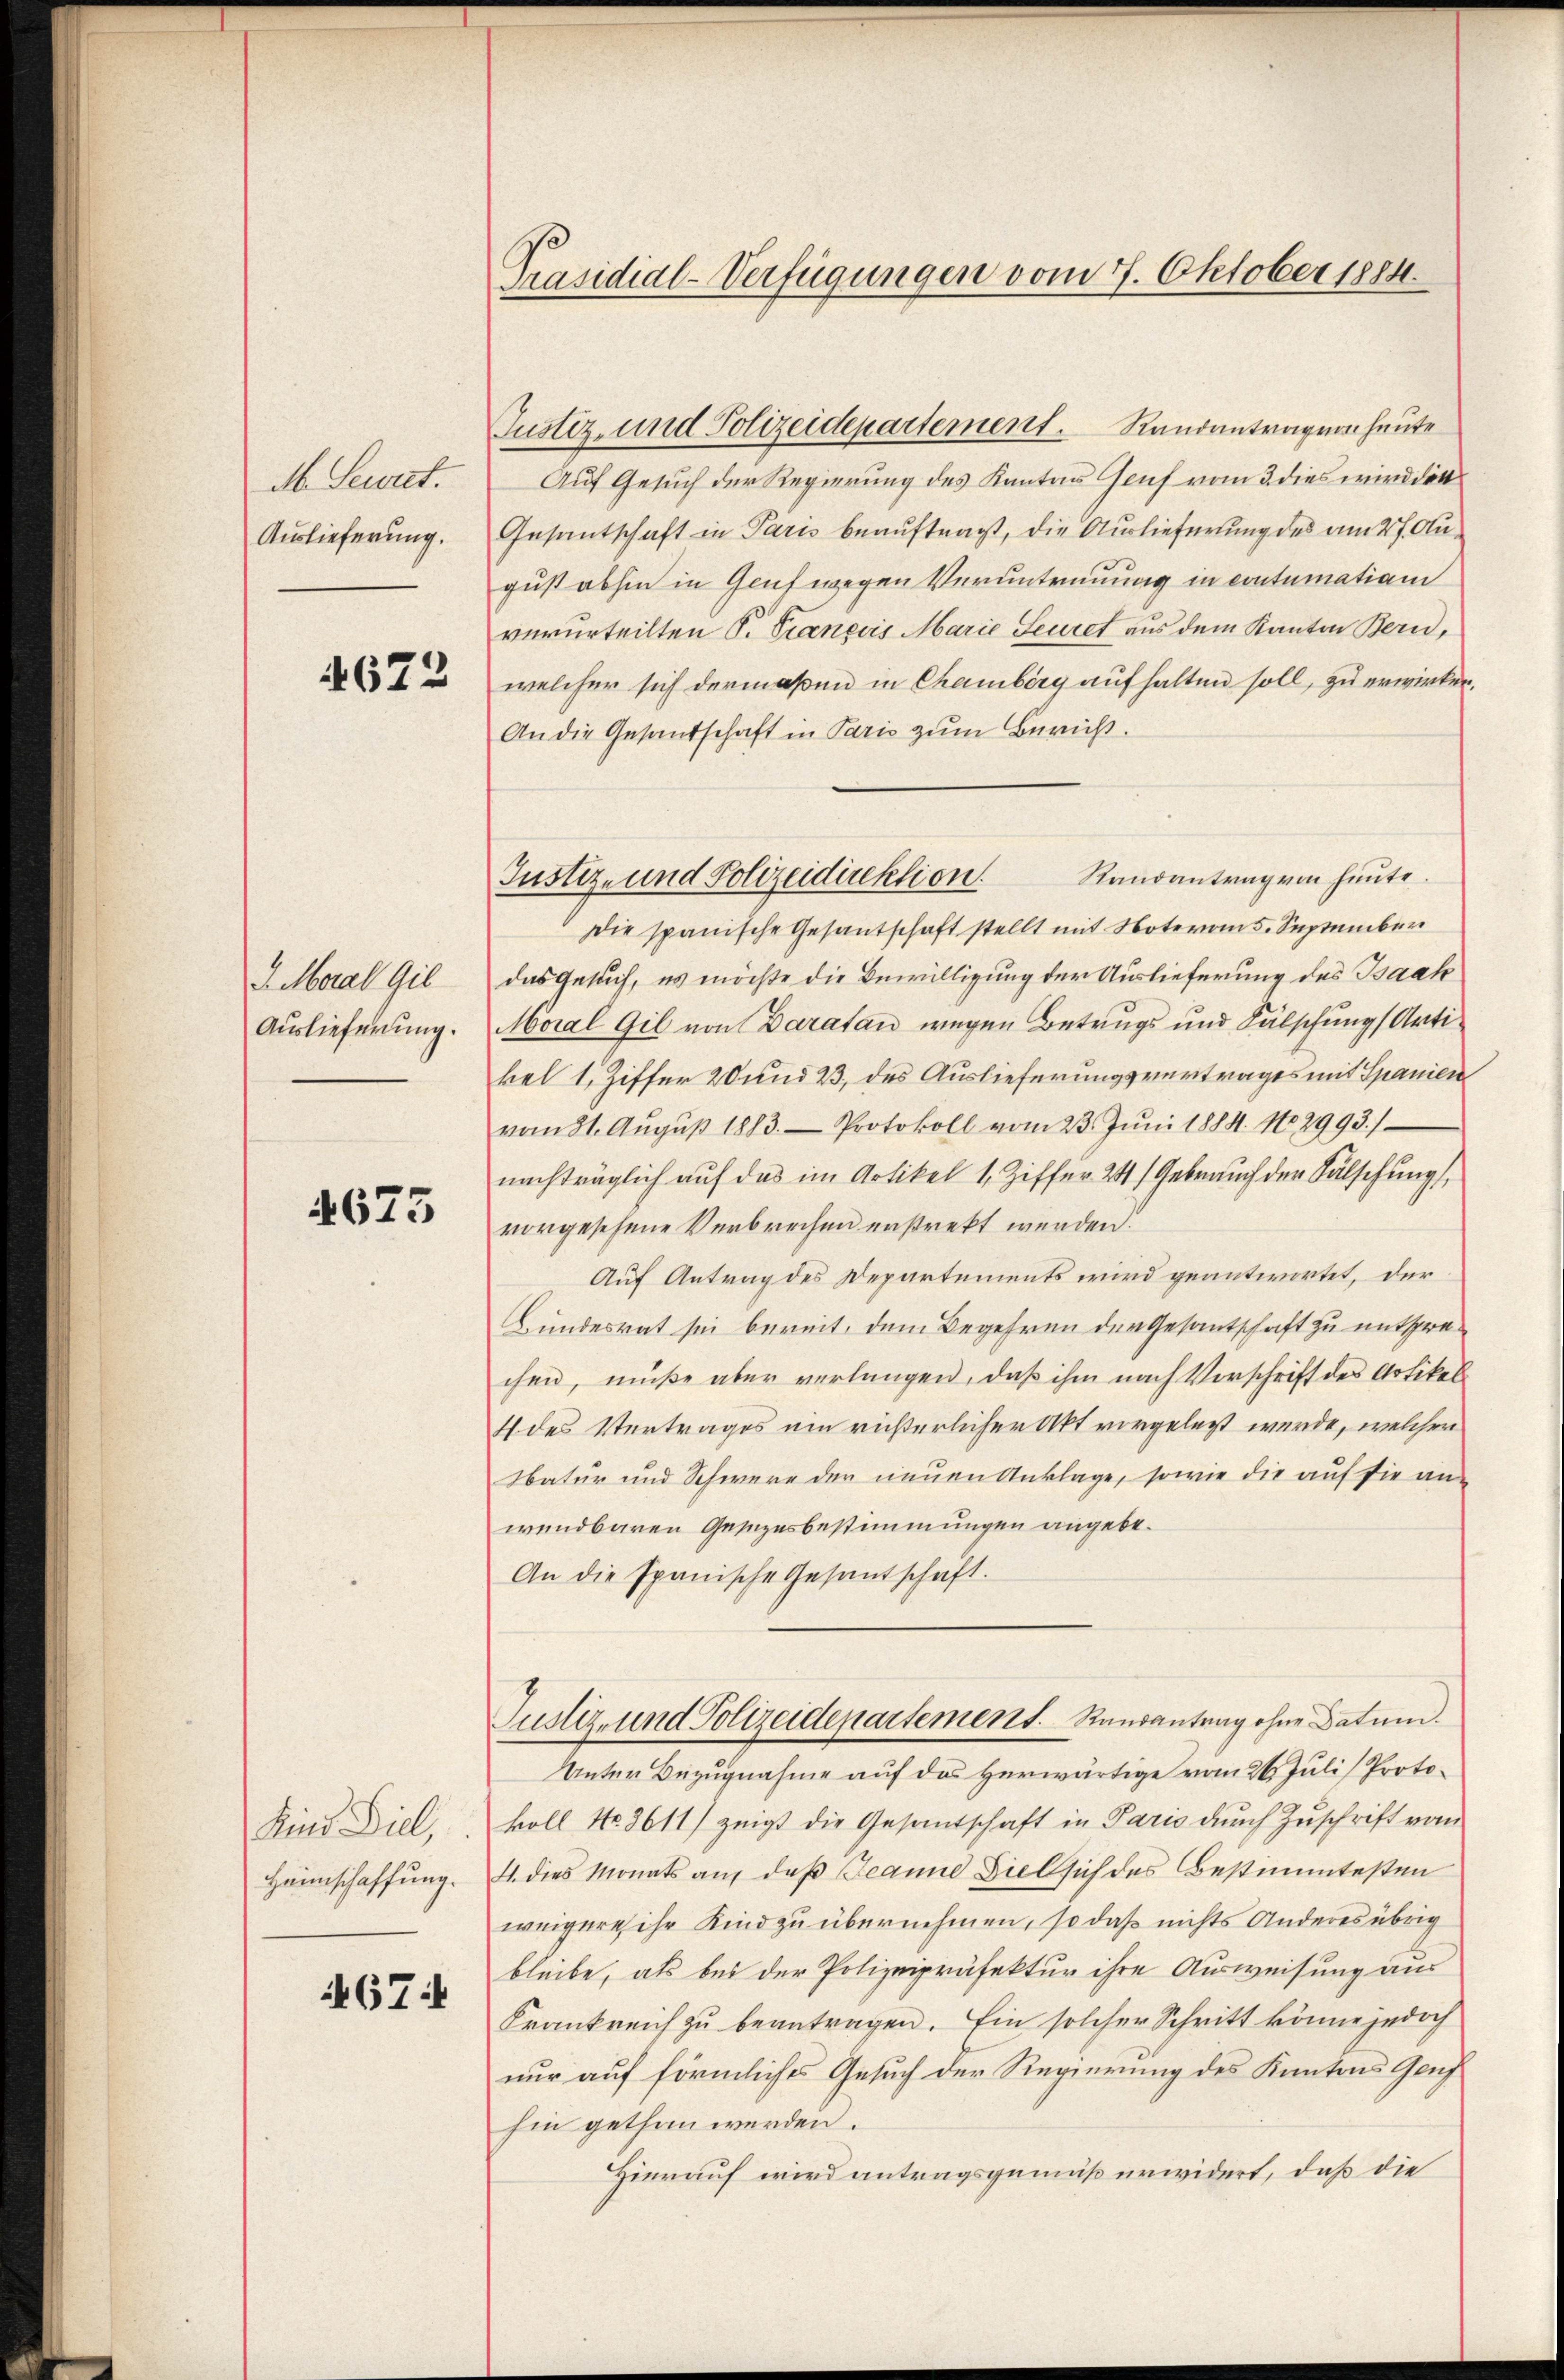
d Secret.
Auslieferung.

672

J. Moral Gil
Auslieferung.

4673

Kind Diel,
Heimschaffung.

467:

Präsidial-Verfügungen vom 7. Oktober 1884.

Auf Gesuch der Regierung des Kantons Genf vom 3. dies wird der
Gesantschaft in Paris beauftragt, die Auslieferung des am 27. August abhin in Genf wegen Veruntreuung in contumation
verurteilten S. Traneris Marie Secret aus dem Kanton Bern,
welcher sich dermaßen in Chamberg aufhalten soll, zu erwirken,
An die Gesandschaft in Paris zum Bericht.
Die spanische Gesantschaft stellt mit Note vom 5. September
das Gesich, es möchte die Bewilligung der Auslieferung des Baah
Moral Gil von Daratan wegen Betrugs und Fälschung Artikel 1, Ziffer 20 und 23, des Auslieferungsvertrages mit Spanien
vom 31. Aŭgŭst 1883. Protokoll vom 23. Jŭni 1884. No. 2993.)
nachträglich auf das im Artikel 1, Ziffer 24 (Gebrauch der Sälschung
vorgesehene Verbrechen erstrekt werden.
Auf Antrag des Departements wird geantwortet, der
Bundesrat sei bereit, dem Begehren der Gesantschaft zu entsprechen, müße aber verlangen, daß ihm nach Vorschrift des Artikel
4 des Vertrages ein richterlicher Akt vorgelegt werde, welcher
Natur und Schwere der neuen Anklage, sowie die auf sie anwendbaren Gesezesbestimmungen angebe¬
An die Ipanische Gesantschaft.
Justiz- und Polizeidepartement. Raŭsantrag ohne Datum.
Unter Bezugnahme auf das Herwärtige vom 26. Juli Protokoll No. 3611) zeigt die Gesantschaft in Paris durch Zuschrift vom
4. dies Monats auf daß Jeanne Ziel sich des Bestimmtesten
weigere ihr Kind zu übernehmen, so daß nichts Anderes übrig
bleibe, als bei der Polizeipräfektur ihre Ausweisung aus
Frankreich zu beantragen. Ein solcher Schritt könne jedoch
nur auf förmliches Gesuch der Regierung des Kantons Genf
hin gethan werden.
Hierauf wird antragsgemäß erwidert, daß die

Justiz- und Polizeidepartement. Randantrag von heute

Justiz- und Polizeidirektion. Randantrag von heute.